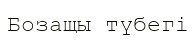
Бозащы түбегі